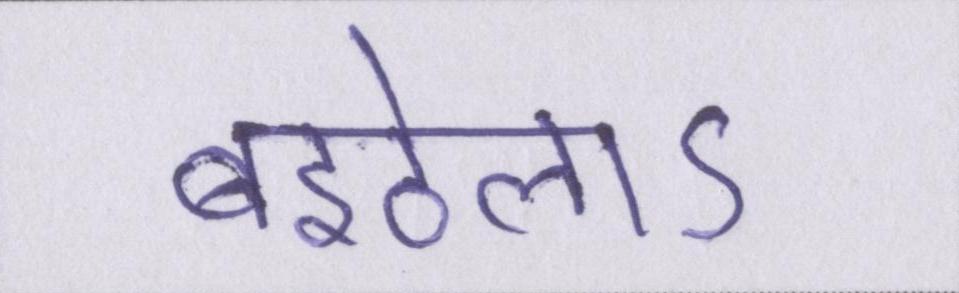
बइठेलाऽ